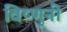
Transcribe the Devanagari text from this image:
विष्णुनी